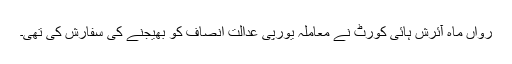
رواں ماہ آئرش ہائی کورٹ نے معاملہ یورپی عدالتِ انصاف کو بھیجنے کی سفارش کی تھی۔